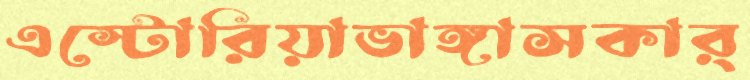
এস্টোরিয়াভাঙ্গাসকার্